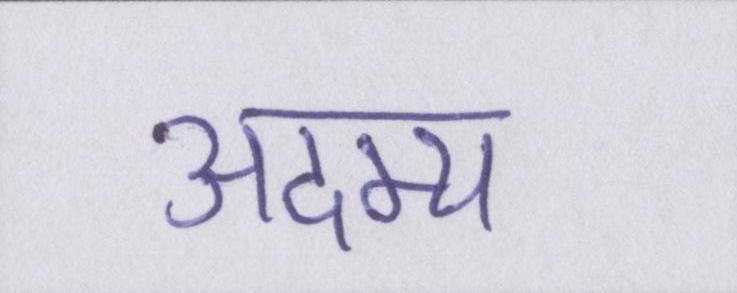
अदम्य